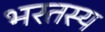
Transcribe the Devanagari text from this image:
भरतस्य